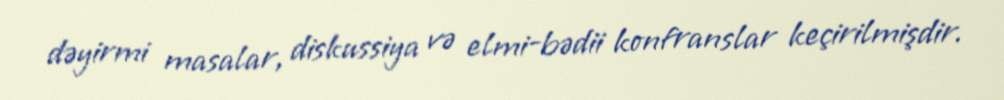
dəyirmi masalar, diskussiya və elmi-bədii konfranslar keçirilmişdir.